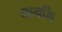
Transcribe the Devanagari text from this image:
मानमि